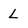
Character: l